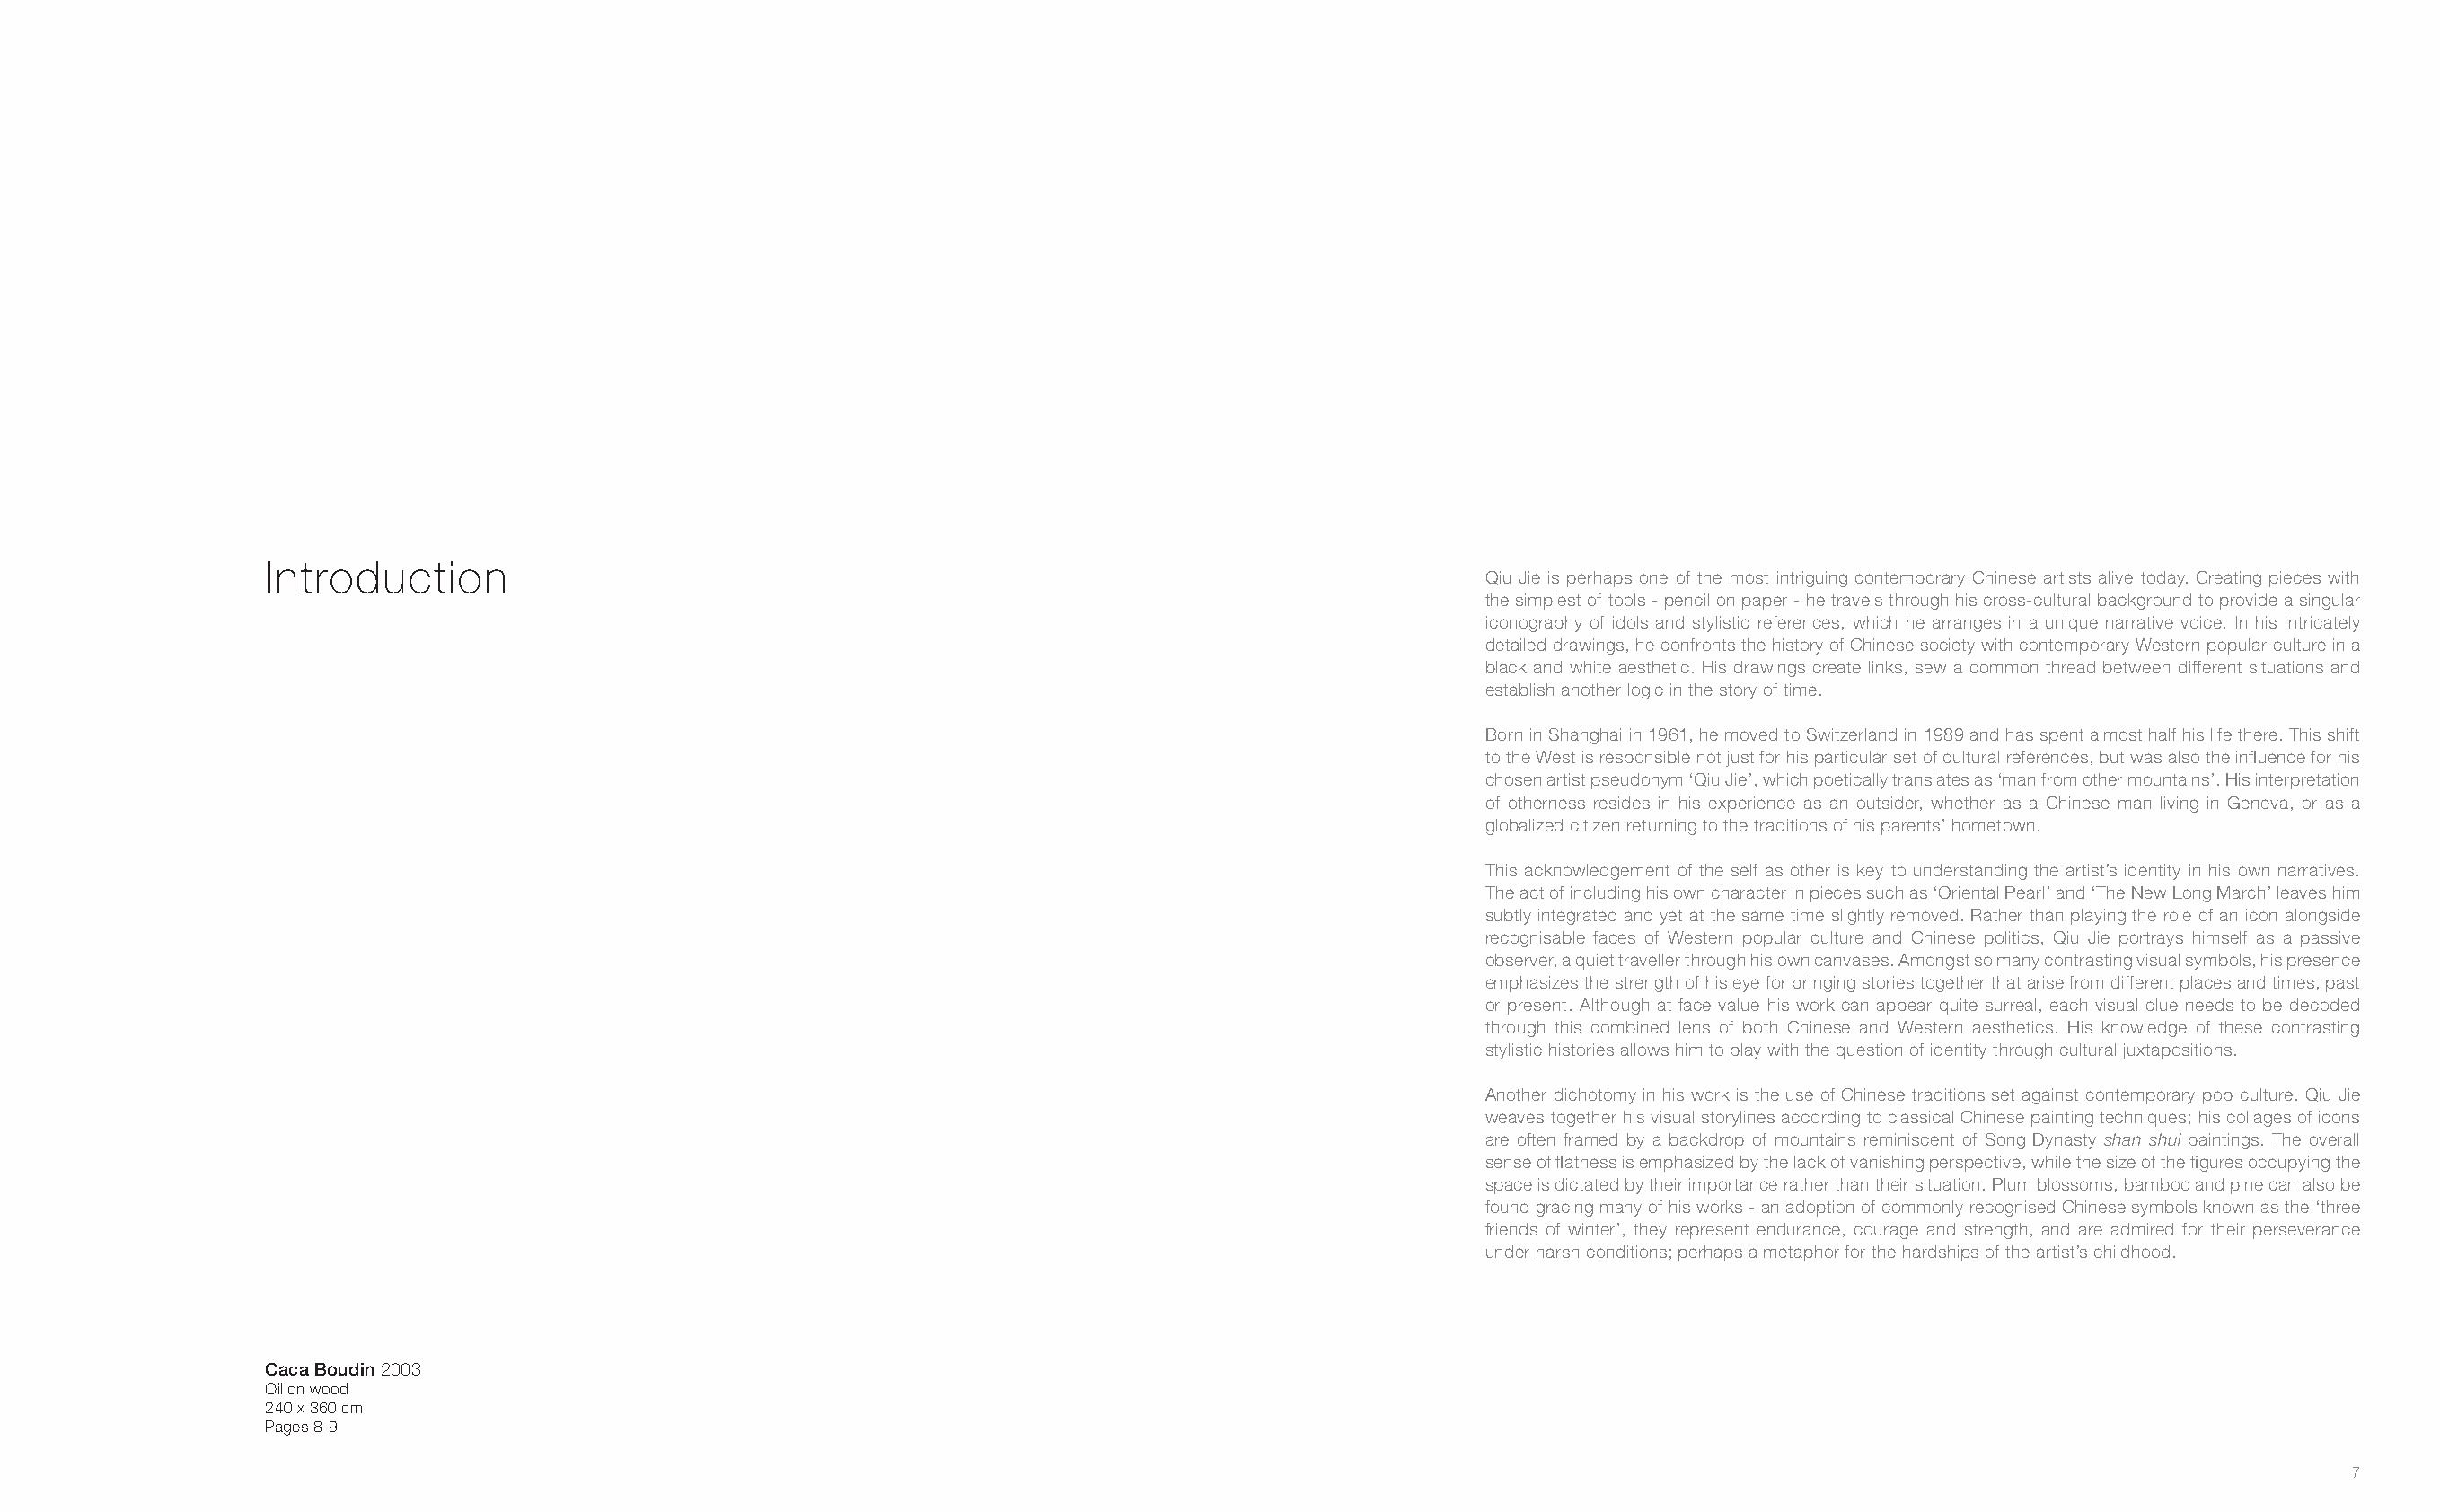
Introduction
 Qiu Jie is perhaps one of the most intriguing contemporary Chinese artists alive today. Creating pieces with
 the simplest of tools - pencil on paper - he travels through his cross-cultural background to provide a singular
 iconography of idols and stylistic references, which he arranges in a unique narrative voice. In his intricately
 detailed drawings, he confronts the history of Chinese society with contemporary Western popular culture in a
 black and white aesthetic. His drawings create links, sew a common thread between different situations and
 establish another logic in the story of time.
 Born in Shanghai in 1961, he moved to Switzerland in 1989 and has spent almost half his life there. This shift
 to the West is responsible not just for his particular set of cultural references, but was also the infl uence for his
 chosen artist pseudonym ‘Qiu Jie’, which poetically translates as ‘man from other mountains’. His interpretation
 of otherness resides in his experience as an outsider, whether as a Chinese man living in Geneva, or as a
 globalized citizen returning to the traditions of his parents’ hometown.
 This acknowledgement of the self as other is key to understanding the artist’s identity in his own narratives.
 The act of including his own character in pieces such as ‘Oriental Pearl’ and ‘The New Long March’ leaves him
 subtly integrated and yet at the same time slightly removed. Rather than playing the role of an icon alongside
 recognisable faces of Western popular culture and Chinese politics, Qiu Jie portrays himself as a passive
 observer, a quiet traveller through his own canvases. Amongst so many contrasting visual symbols, his presence
 emphasizes the strength of his eye for bringing stories together that arise from different places and times, past
 or present. Although at face value his work can appear quite surreal, each visual clue needs to be decoded
 through this combined lens of both Chinese and Western aesthetics. His knowledge of these contrasting
 stylistic histories allows him to play with the question of identity through cultural juxtapositions.
 Another dichotomy in his work is the use of Chinese traditions set against contemporary pop culture. Qiu Jie
 weaves together his visual storylines according to classical Chinese painting techniques; his collages of icons
 are often framed by a backdrop of mountains reminiscent of Song Dynasty shan shui paintings. The overall
 sense of fl atness is emphasized by the lack of vanishing perspective, while the size of the fi gures occupying the
 space is dictated by their importance rather than their situation. Plum blossoms, bamboo and pine can also be
 found gracing many of his works - an adoption of commonly recognised Chinese symbols known as the ‘three
 friends of winter’, they represent endurance, courage and strength, and are admired for their perseverance
 under harsh conditions; perhaps a metaphor for the hardships of the artist’s childhood.
 Caca Boudin 2003
 Oil on wood
 240 x 360 cm
 Pages 8-9
 7